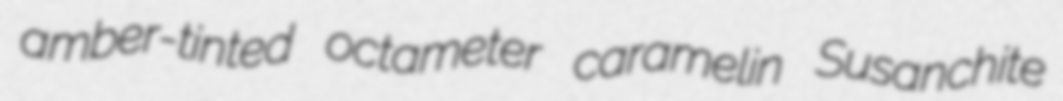
amber-tinted octameter caramelin Susanchite